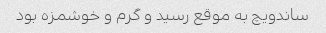
ساندویچ به موقع رسید و گرم و خوشمزه بود